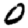
Digit: 0